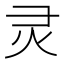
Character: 灵